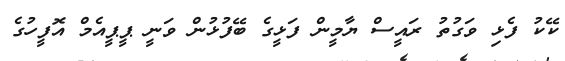
ކޭކު ފެޅި ވަގުތު ރައީސް ޔާމީން ފަޅީގެ ބޭފުޅުން ވަނީ ޕީޕީއެމް އޮފީހުގެ